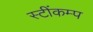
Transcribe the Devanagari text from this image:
स्टींकम्प